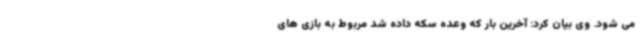
می شود. وی بیان کرد: آخرین بار که وعده سکه داده شد مربوط به بازی های